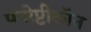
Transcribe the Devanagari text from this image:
पनोप्टीकॉन